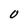
Character: O